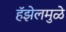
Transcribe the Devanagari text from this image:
हॅझेलमुळे